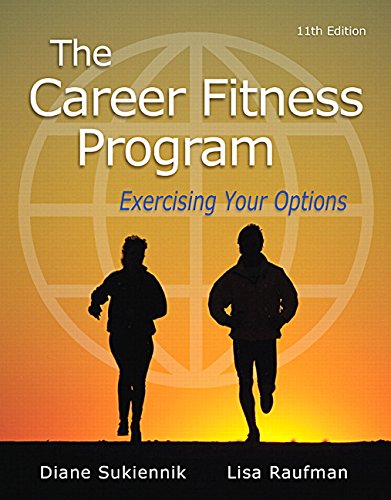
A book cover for The Career Fitness Program: Exercising Your Options (11th Edition); Diane Sukiennik Professor Emeritus; Business & Money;